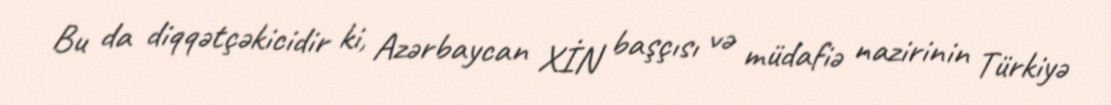
Bu da diqqətçəkicidir ki, Azərbaycan XİN başçısı və müdafiə nazirinin Türkiyə